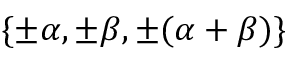
\{ \pm \alpha , \pm \beta , \pm ( \alpha + \beta ) \}